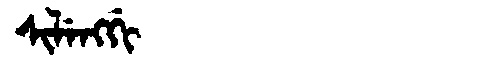
Manchu: ᠰᡳᠯᡝᠩᡤᡳ
Romanization: SILENGGI